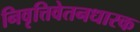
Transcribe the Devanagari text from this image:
निवृत्तिवेतनधारक